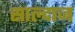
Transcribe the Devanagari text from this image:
साल्दाज